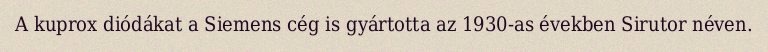
A kuprox diódákat a Siemens cég is gyártotta az 1930-as években Sirutor néven.